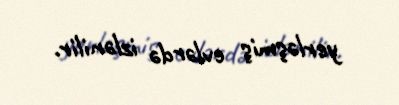
yerləşmiş evlərdə izlənilir.